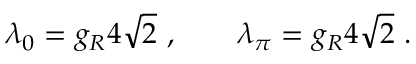
\lambda _ { 0 } = g _ { R } 4 \sqrt { 2 } \ , \qquad \lambda _ { \pi } = g _ { R } 4 \sqrt { 2 } \ .